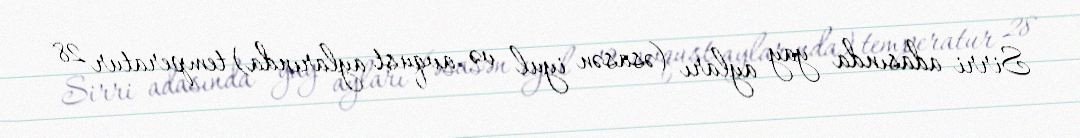
Sirri adasında yay ayları (əsasən iyul və avqust aylarında) temperatur 28